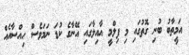
އަމީތާބު ބުނި ގޮތުގައި މި ފިލްމީ އާއިލާގައި އޭނާގެ ކުޑަ ނަމަވެސް ހިއްސާއެއް